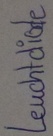
Text: Leuchtdiode